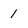
Character: 1